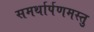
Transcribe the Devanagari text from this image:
समर्थार्पणमस्तु